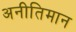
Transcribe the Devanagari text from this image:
अनीतिमान